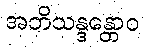
အဘိသန္ဒန္တောဝ